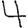
Digit: 4